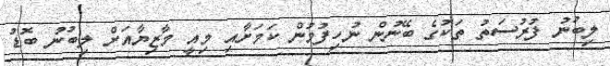
ލިބުނު ފުރުސަތު ތަކުގެ ބޭނުން ނުހިފުމުން ކަމަށާއި މިއީ މާޒިޔާއަށް ލިބުނު ބޮޑު